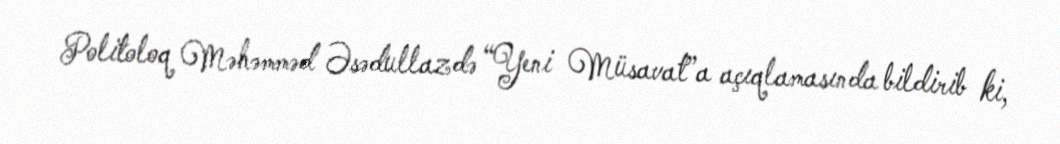
Politoloq Məhəmməd Əsədullazdə “Yeni Müsavat”a açıqlamasında bildirib ki,